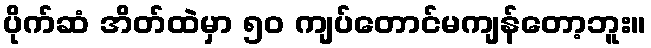
ပိုက်ဆံ အိတ်ထဲမှာ ၅၀ ကျပ်တောင်မကျန်တော့ဘူး။